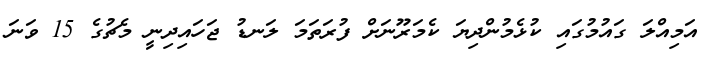
އަމިއްލަ ގައުމުގައި ކުޅެމުންދިޔަ ކެމަރޫނަށް ފުރަތަމަ ލަނޑު ޖަހައިދިނީ މެޗުގެ 15 ވަނަ